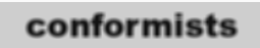
conformists